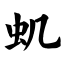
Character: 虮